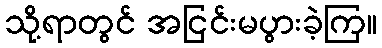
သို့ရာတွင် အငြင်းမပွားခဲ့ကြ။